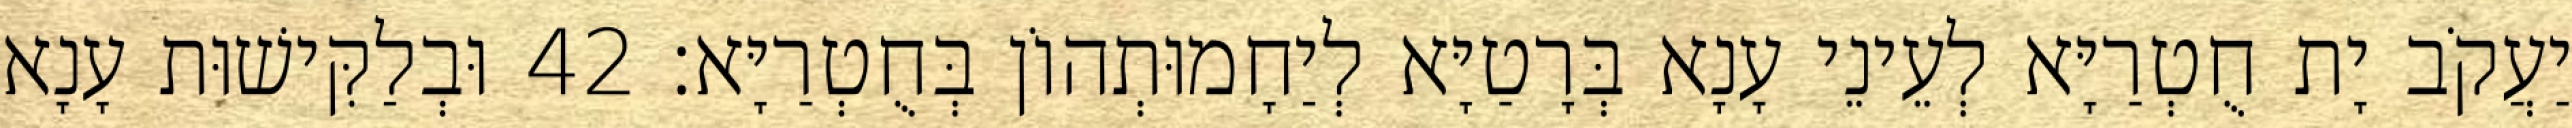
יַעֲקֹב יָת חֻטְרַיָּא לְעֵינֵי עָנָא בְּרָטַיָּא לְיַחָמוּתְהוֹן בְּחֻטְרַיָּא׃ 42 וּבְלַקִּישׁוּת עָנָא